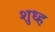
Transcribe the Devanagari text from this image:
शुध्ह